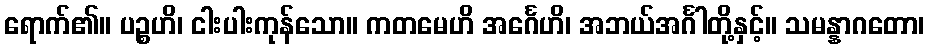
ရောက်၏။ ပဉ္စဟိ၊ ငါးပါးကုန်သော။ ကတမေဟိ အင်္ဂေဟိ၊ အဘယ်အင်္ဂါတို့နှင့်။ သမန္နာဂတော၊